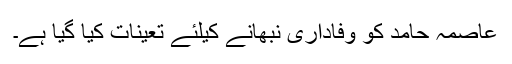
عاصمہ حامد کو وفاداری نبھانے کیلئے تعینات کیا گیا ہے۔